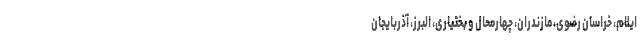
ایلام، خراسان رضوی، مازندران، چهارمحال و بختیاری، البرز، آذربایجان